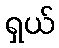
ရှယ်